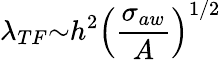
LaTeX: {\lambda}_{TF}{\sim}h^{2}\left(\frac{{\sigma}_{aw}}{A}\right)^{1/2}